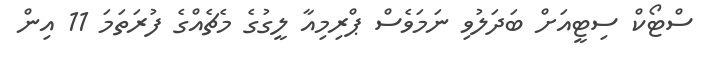
ސްޓޯކް ސިޓީއަށް ބަދަލުވި ނަމަވެސް ޕްރިމިއާ ލީގުގެ މެޗެއްގެ ފުރަތަމަ 11 އިން